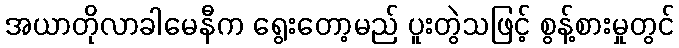
အယာတိုလာခါမေနီက ရွေးတော့မည် ပူးတွဲသဖြင့် စွန့်စားမှုတွင်